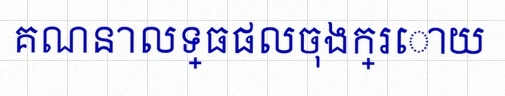
គណនាលទ្ធផលចុងក្រោយ